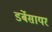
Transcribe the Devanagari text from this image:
डर्बेसायर